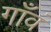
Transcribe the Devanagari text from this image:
गाँवं